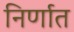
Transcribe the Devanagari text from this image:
निर्णात